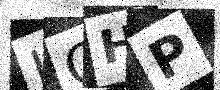
Text: LCHP